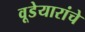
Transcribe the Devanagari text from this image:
वूडेयारांचे